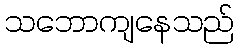
သဘောကျနေသည်